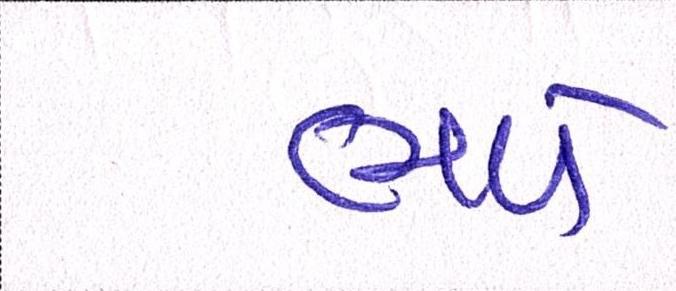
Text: ભળે